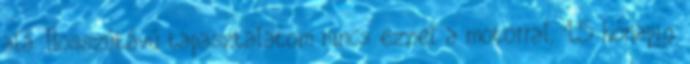
alá. Hosszútávú tapasztalatom nincs ezzel a motorral, 1,5 hónapig